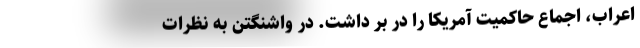
اعراب، اجماعِ حاکمیتِ آمریکا را در بر داشت. در واشنگتن به نظراتِ